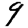
Digit: 9